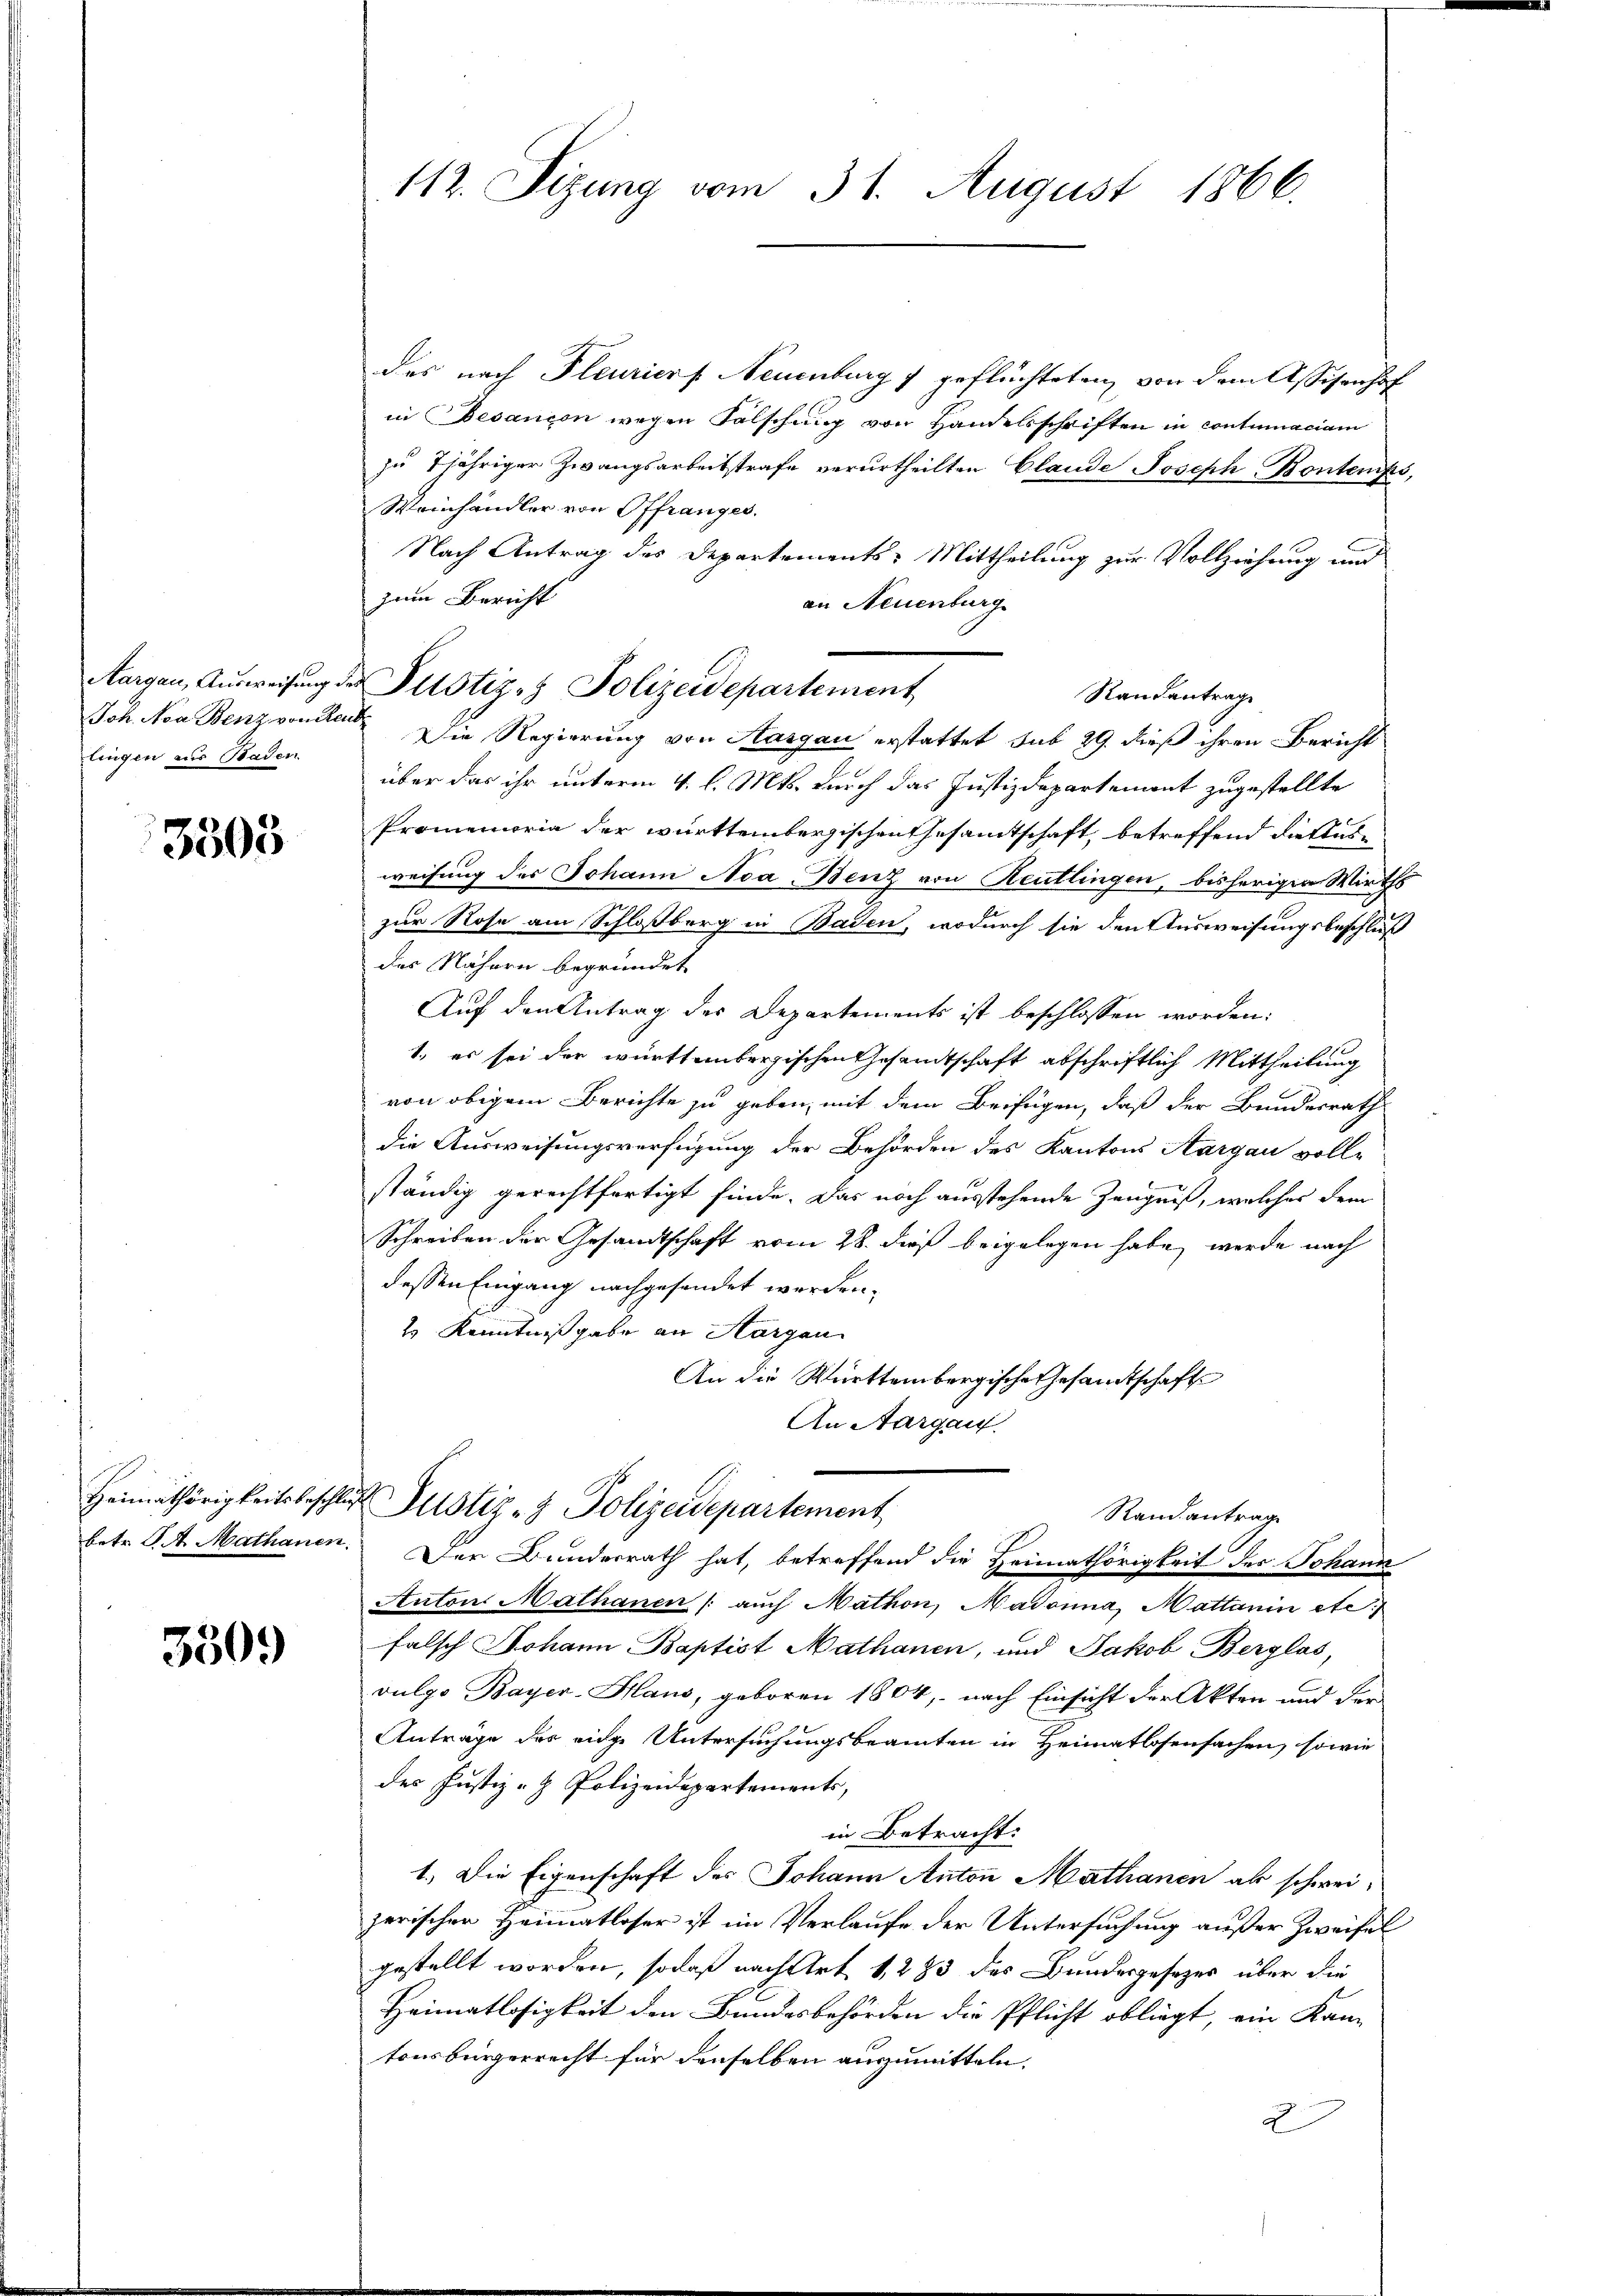
lingen aus Baden.

3505

Heimathörigkeitsbeschlos

3509

112. Sizung vom 31. August 1866.

des nach Pleuriers Neuenburg 7 geflüchteten, von dem Assisenhof
in Besançon wegen Falschung von Handelsschriften in contumaciam
zŭ 7jähriger Zwangsarbeitstrafe verurtheilten Claude Joseph Konten
Weinhändler von Offranges.
Nach Antrag des Departements: Mittheilung zur Vollziehung und
zum Bericht
an Neuenburg
Joh. Aca Benz von heute Die Regierung von Hargau erstattet sub 29. dieß ihren Bericht
über das ihr unterm 4. l. Mts. durch das Justizdepartement zugestellte
Promemoria der württembergischen Gesamtschaft, betreffend die Ausweisung des Johann Nea Benz von Reutlingen, bisherigen Wirths
zur Rose am Schloßberg in Baden, wodurch sie den Ausweisungsbeschluß
des Nähern begründet
Auf den Antrag des Departements ist beschlossen worden:
1. es sei der württembergischen Gesandtschaft abschriftlich Mittheilung
von obigem Berichte zu geben, mit dem Beifügen, daß der Bundesrath
die Ausweisungsverfügung der Behörden des Kantons Aargau voll-
ständig gerechtfertigt finde. Das noch ausstehende Zeugniß, welches dem
Schreiben der Gesandtschaft vom 28. dieß beigelegen habe, werde nach
dessen Eingang nachgesandet werden.
2 Kenntnißgabe an Horgen
An die Württembergische Gesamtschaft
An Aargau.
 Justiz- & Polizeidepartement
Randantrag
betr. S. 4. Mathanen. Der Bundesrath hat, betreffend die Heimathörigkeit der Johann
Anton Mathanen (auch Mathon, Madonna, Mattanin etc.
falsch Johann Baptist Nathanen, und Jakob Berglas,
vulgo Bayer-Haus, geboren 1804, - nach Einsicht der Akten und der
Anträge des eige Untersuchungsbeamten in Heimatlosensachen, sowie
des Justiz- & Polizeidepartements,
in Betracht:
1.) Die Eigenschaft des Johann Anton Mathanen als schweizerischen Heimatloser ist im Verlaufe der Untersuchung außer Zweifel
gestellt worden, sodaß nach Art 1283 des Bundesgesezes über die
Heimatlosigkeit den Bundesbehörden die Pflicht obliegt, ein Kan-
tonsbürgerrecht für denselben auszumitteln.
2

Aargau, Aŭsweisŭng der Justiz- Polizeidepartement

Randantrage